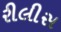
રીલીસ